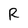
Character: R